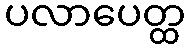
ပလာပေတ္ထ